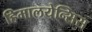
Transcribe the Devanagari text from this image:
हिमालयेन्सिस